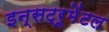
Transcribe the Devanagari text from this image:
इन्सट्रूमेंटल